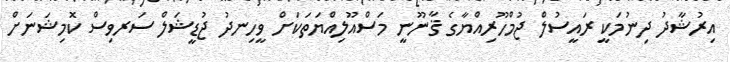
އިރުޝާދު ދިނުމަކީ ރައީސުލް ޖުމްހޫރިއްޔާގެ ޤާނޫނީ މަސްއޫލިއްޔަތަކަށް ވީހިނދު ޖުޑީޝަލް ސަރވިސް ކޮމިޝަނަށް